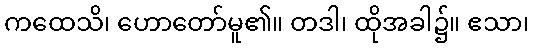
ကထေသိ၊ ဟောတော်မူ၏။ တဒါ၊ ထိုအခါ၌။ ဧသာ၊